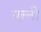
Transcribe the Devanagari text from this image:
पत्त्नी